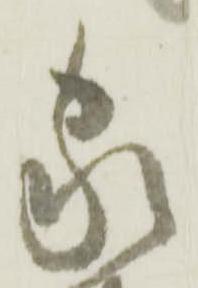
家